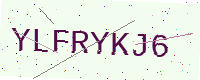
Text: YLFRYKJ6